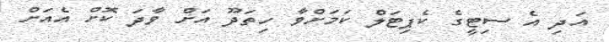
އަދި އެ ސިޓީގެ ކެޕިޓަލް ކަމަށްވާ ހިތަދޫ އަށް ވާދަ ކޮށް އެއަށް